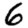
Digit: 6